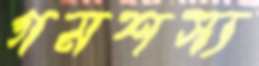
গমশস্য